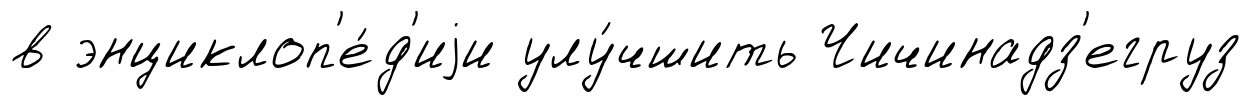
в энциклоп'е́д'иjи улу́чшить Чичинадз'егруз